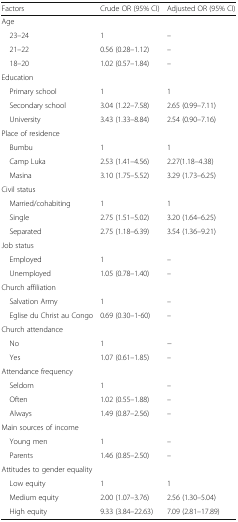
<table><thead><tr><td><b>Factors</b></td><td><b>Crude OR (95% CI)</b></td><td><b>Adjusted OR (95% CI)</b></td></tr></thead><tbody><tr><td colspan="3">Age</td></tr><tr><td> 23–24</td><td>1</td><td>–</td></tr><tr><td> 21–22</td><td>0.56 (0.28–1.12)</td><td>–</td></tr><tr><td> 18–20</td><td>1.02 (0.57–1.84)</td><td>–</td></tr><tr><td colspan="3">Education</td></tr><tr><td> Primary school</td><td>1</td><td>1</td></tr><tr><td> Secondary school</td><td>3.04 (1.22–7.58)</td><td>2.65 (0.99–7.11)</td></tr><tr><td> University</td><td>3.43 (1.33–8.84)</td><td>2.54 (0.90–7.16)</td></tr><tr><td colspan="3">Place of residence</td></tr><tr><td> Bumbu</td><td>1</td><td>1</td></tr><tr><td> Camp Luka</td><td>2.53 (1.41–4.56)</td><td>2.27(1.18–4.38)</td></tr><tr><td> Masina</td><td>3.10 (1.75–5.52)</td><td>3.29 (1.73–6.25)</td></tr><tr><td colspan="3">Civil status</td></tr><tr><td> Married/cohabiting</td><td>1</td><td>1</td></tr><tr><td> Single</td><td>2.75 (1.51–5.02)</td><td>3.20 (1.64–6.25)</td></tr><tr><td> Separated</td><td>2.75 (1.18–6.39)</td><td>3.54 (1.36–9.21)</td></tr><tr><td colspan="3">Job status</td></tr><tr><td> Employed</td><td>1</td><td>–</td></tr><tr><td> Unemployed</td><td>1.05 (0.78–1.40)</td><td>–</td></tr><tr><td colspan="3">Church affiliation</td></tr><tr><td> Salvation Army</td><td>1</td><td>–</td></tr><tr><td> Eglise du Christ au Congo</td><td>0.69 (0.30–1-60)</td><td>–</td></tr><tr><td colspan="3">Church attendance</td></tr><tr><td> No</td><td>1</td><td>−</td></tr><tr><td> Yes</td><td>1.07 (0.61–1.85)</td><td>–</td></tr><tr><td colspan="3">Attendance frequency</td></tr><tr><td> Seldom</td><td>1</td><td>–</td></tr><tr><td> Often</td><td>1.02 (0.55–1.88)</td><td>–</td></tr><tr><td> Always</td><td>1.49 (0.87–2.56)</td><td>–</td></tr><tr><td colspan="3">Main sources of income</td></tr><tr><td> Young men</td><td>1</td><td>–</td></tr><tr><td> Parents</td><td>1.46 (0.85–2.50)</td><td>–</td></tr><tr><td colspan="3">Attitudes to gender equality</td></tr><tr><td> Low equity</td><td>1</td><td>1</td></tr><tr><td> Medium equity</td><td>2.00 (1.07–3.76)</td><td>2.56 (1.30–5.04)</td></tr><tr><td> High equity</td><td>9.33 (3.84–22.63)</td><td>7.09 (2.81–17.89)</td></tr></tbody></table>